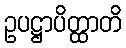
ဥပဋ္ဌာပိတ္ထာတိ